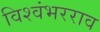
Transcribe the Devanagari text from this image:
विश्वंभरराव